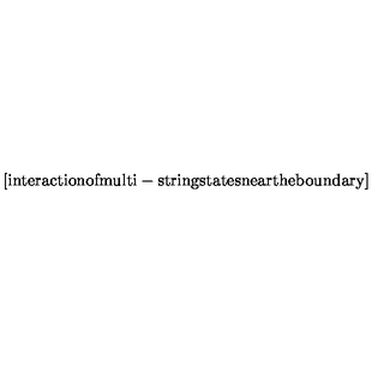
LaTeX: \mathrm { [ i n t e r a c t i o n o f m u l t i - s t r i n g s t a t e s n e a r t h e b o u n d a r y ] }